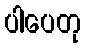
ပါပေတု